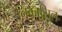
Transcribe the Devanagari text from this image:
निकासिल